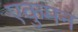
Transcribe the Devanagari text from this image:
एकुमन